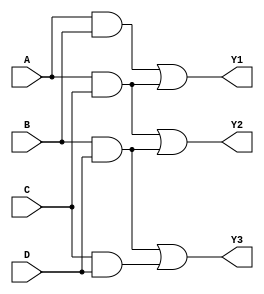
module MaskedPAL (
    input wire A,        // Input A
    input wire B,        // Input B
    input wire C,        // Input C
    input wire D,        // Input D
    output wire Y1,      // Output Y1
    output wire Y2,      // Output Y2
    output wire Y3       // Output Y3
);

// Parameter to define number of AND gates and outputs
parameter NUM_AND_GATES = 4;
parameter NUM_OUTPUTS = 3;

// AND Gate Outputs
wire and_out[NUM_AND_GATES-1:0];

// Define the AND gate logic based on programmable connections
// This is a simplified example; in practice, the connections would be configured
assign and_out[0] = A & B;          // P1 = A AND B
assign and_out[1] = A & C;          // P2 = A AND C
assign and_out[2] = B & D;          // P3 = B AND D
assign and_out[3] = C & D;          // P4 = C AND D

// Fixed OR array combining the AND gate outputs
assign Y1 = and_out[0] | and_out[1]; // Y1 = P1 OR P2
assign Y2 = and_out[1] | and_out[2]; // Y2 = P2 OR P3
assign Y3 = and_out[2] | and_out[3]; // Y3 = P3 OR P4

endmodule